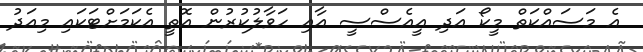
އެ މަސައްކަތް މީކޯ އަދި އީއެސްސީ އާއި ހަވާލުކުރުން އޮތީ އެކަމަށްޓަކައި މިއަދު